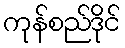
ကုန်စည်ဒိုင်